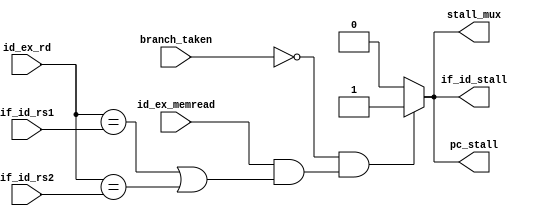
// Coder:           David Adrian Michel Torres, Eduardo Ethandrake Castillo Pulido
// Module name:	  hazard_detection_unit
// Project Name:	  risc_v_top
// Description:	  This is the hazard detection unit located in ID stage

module hazard_detection_unit (
    input id_ex_memread,
    input [4:0] id_ex_rd,
    input [4:0] if_id_rs1,
    input [4:0] if_id_rs2,
    input branch_taken,
    output reg pc_stall,
    output reg if_id_stall,
    output reg stall_mux
);

always@(*) begin
    pc_stall=1'b0;
    if_id_stall=1'b0;
    stall_mux=1'b0;
    if((~branch_taken) && (id_ex_memread && ((id_ex_rd == if_id_rs1) || (id_ex_rd == if_id_rs2))))
    begin
        pc_stall=1'b1;
        if_id_stall=1'b1;
        stall_mux=1'b1;
    end

end

endmodule